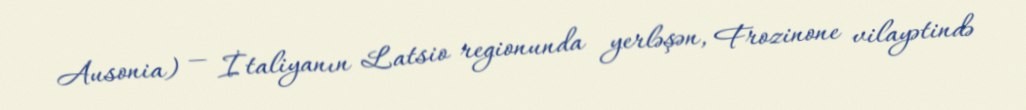
Ausonia) — İtaliyanın Latsio regionunda yerləşən, Frozinone vilayətində